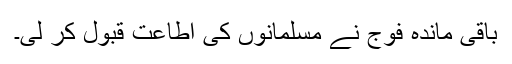
باقی ماندہ فوج نے مسلمانوں کی اطاعت قبول کر لی۔